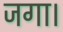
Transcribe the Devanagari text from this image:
जगा।